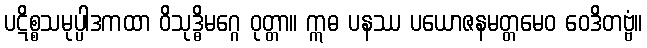
ပဋိစ္စသမုပ္ပါဒကထာ ဝိသုဒ္ဓိမဂ္ဂေ ဝုတ္တာ။ ဣဓ ပနဿ ပယောဇနမတ္တမေဝ ဝေဒိတဗ္ဗံ။